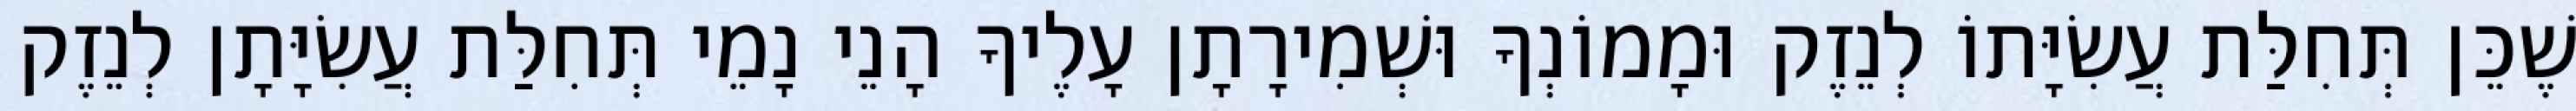
שֶׁכֵּן תְּחִלַּת עֲשִׂיָּתוֹ לְנֵזֶק וּמָמוֹנְךָ וּשְׁמִירָתָן עָלֶיךָ הָנֵי נָמֵי תְּחִלַּת עֲשִׂיָּתָן לְנֵזֶק